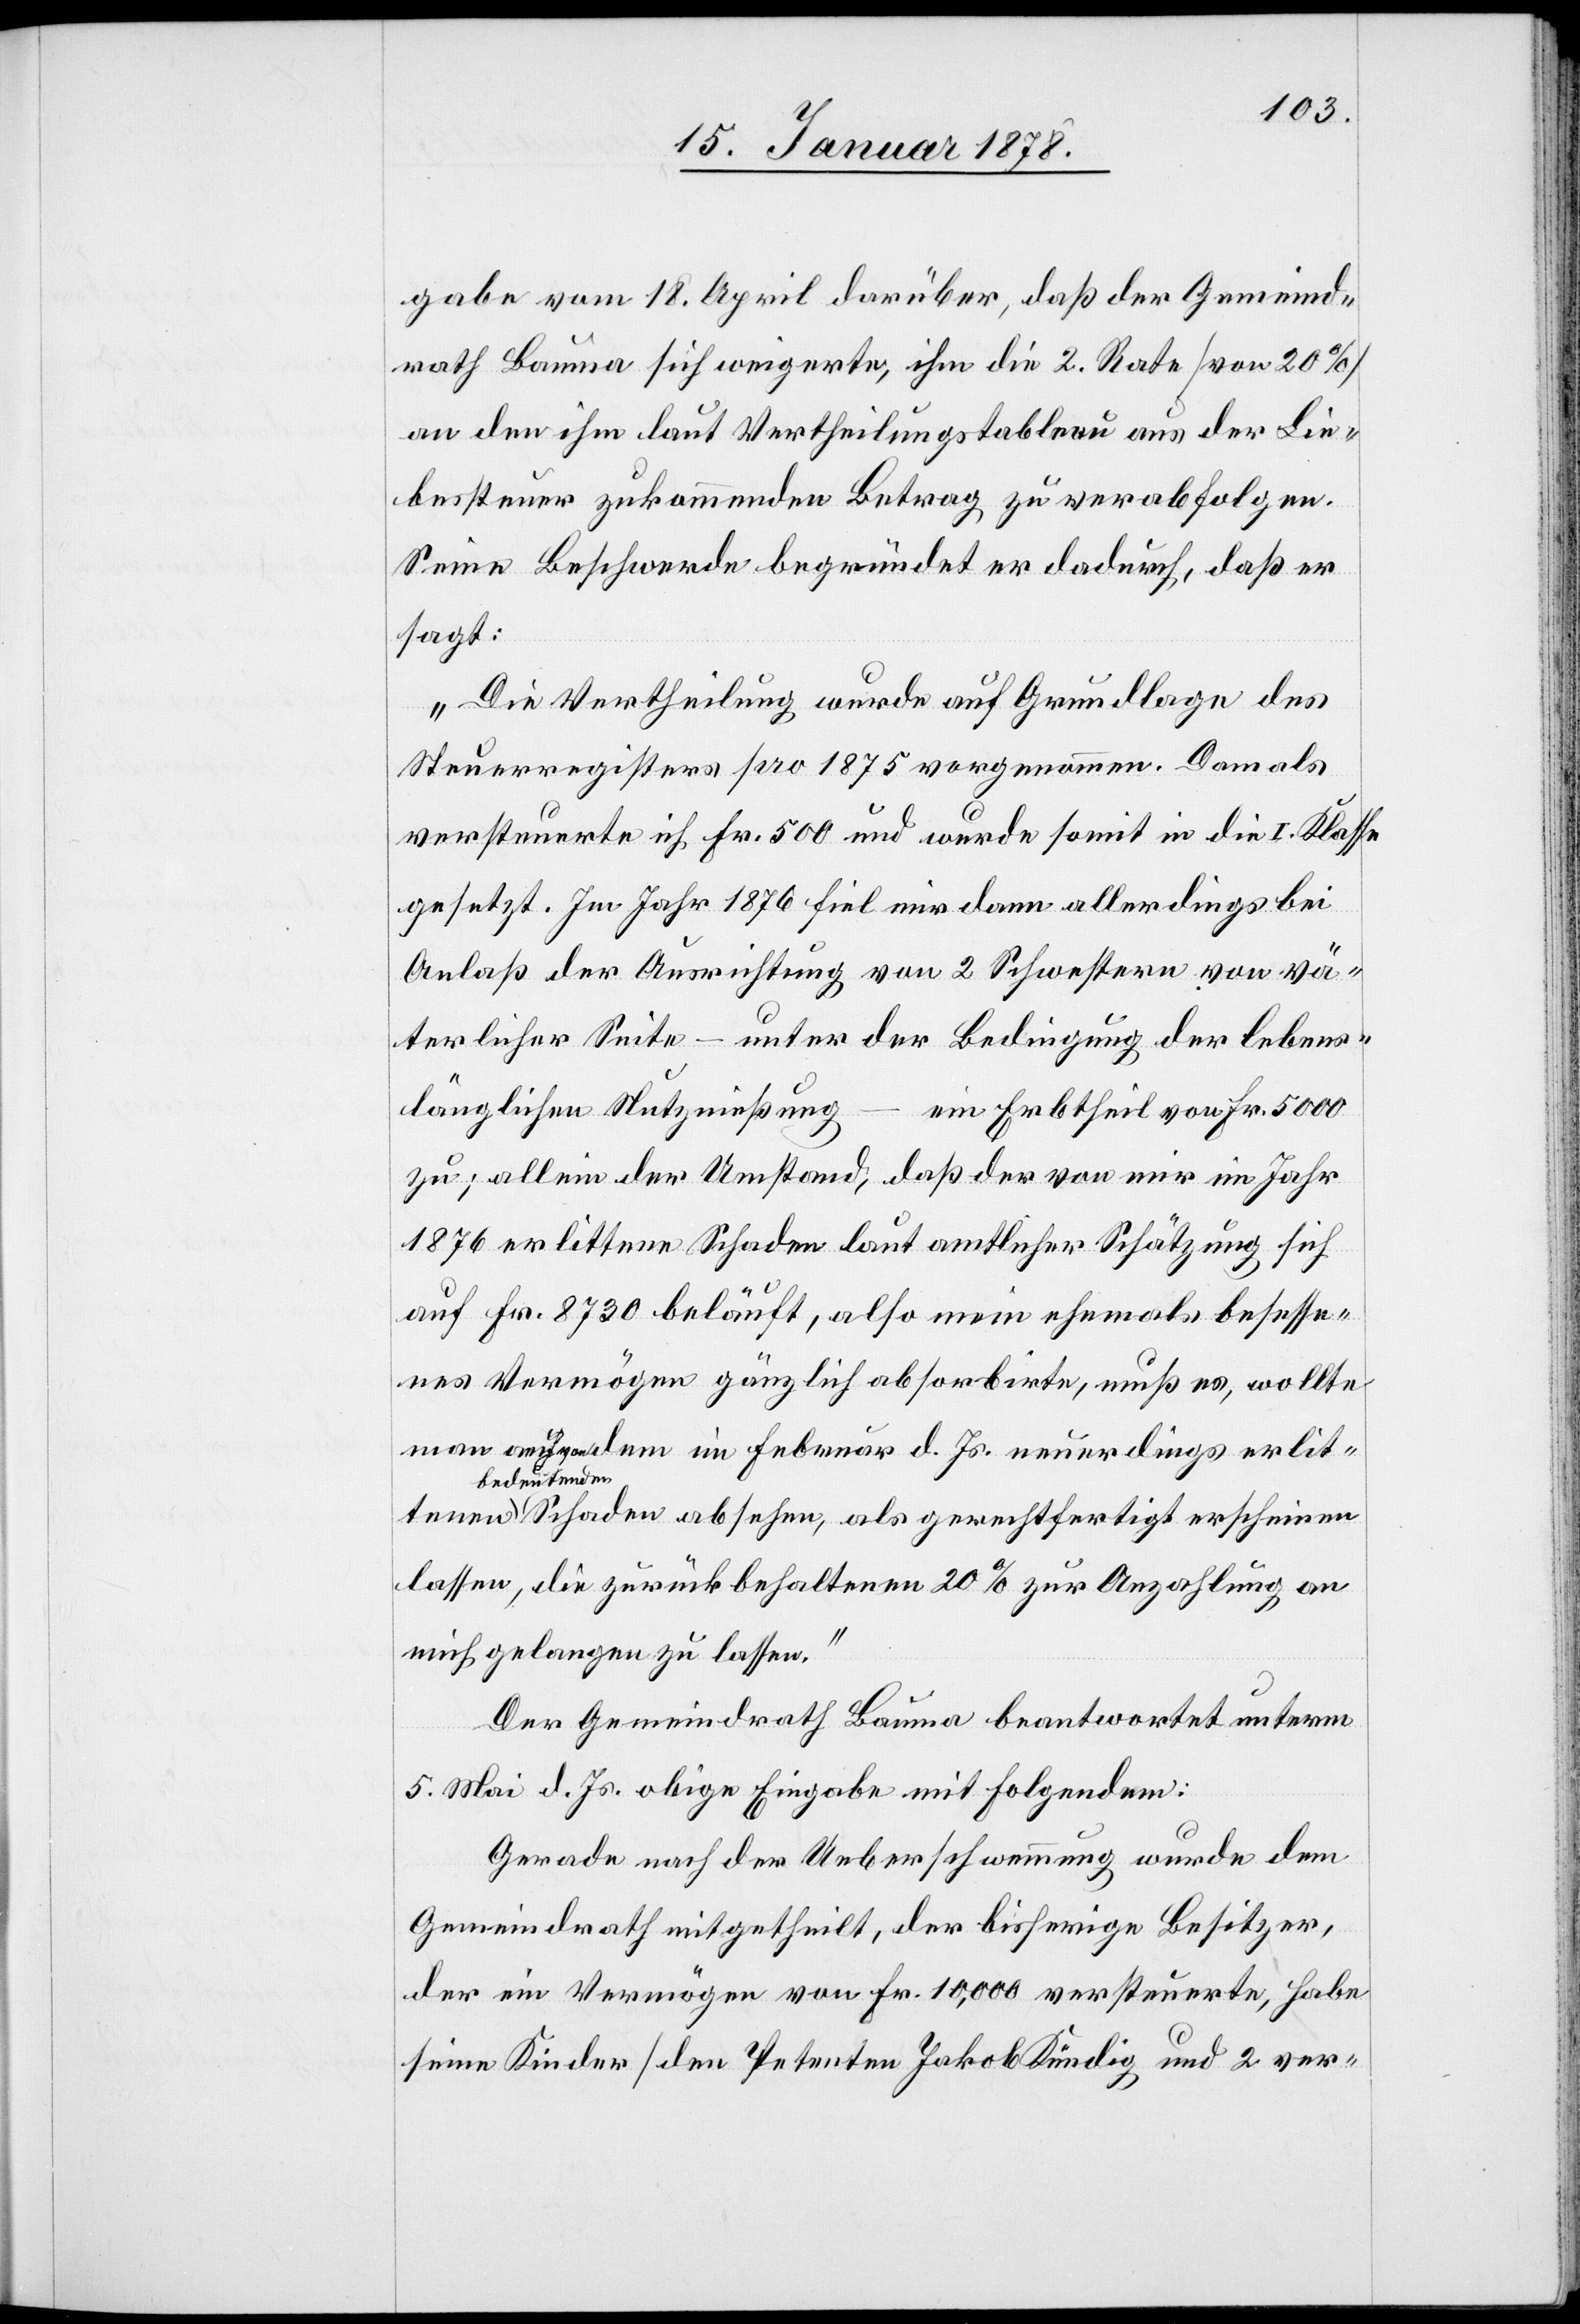
gabe vom 18. April darüber, daß der Gemeind¬
rath Bauma sich weigerte, ihm die 2. Rate (von 20%)
an den ihm laut Vertheilungstableau aus der Lie¬
bessteuer zukommenden Betrag zu verabfolgen.
Seine Beschwerde begründet er dadurch, daß er
sagt:
„Die Vertheilung wurde auf Grundlage des
Steuerregisters pro 1875 vorgenommen. Damals
versteuerte ich Fr. 500 und wurde somit in die I. Klasse
gesetzt. Im Jahr 1875 fiel mir dann allerdings bei
Anlaß der Ausrichtung von 2 Schwestern von vä¬
terlicher Seite – unter der Bedingung der lebens¬
länglichen Nutznießung
ein Erbtheil von Fr. 5000
zu; allein der Umstand, daß der von mir im Jahr
1876 erlittene Schaden laut amtlicher Schätzung sich
auf Fr. 8730 beläuft, also mein ehemals besesse¬
nes Vermögen gänzlich absorbirte, muß es, wollte
man dem im Februar d. Js. neuerdings erlit¬
tenen a-bedeu¬
tenden-a Schaden absehen, als gerechtfertigt erscheinen
lassen, die zurückbehaltenen 20% zur Anzahlung an
mich gelangen zu lassen.“
Der Gemeindrath Bauma beantwortet unterm
5. Mai d. Js. obige Eingabe mit folgendem:
Gerade nach der Ueberschwemmung wurde dem
Gemeindrath mitgetheilt, der bisherige Besitzer,
der ein Vermögen von Fr. 10,000 versteuerte, habe
seine Kinder (den Petenten Jakob Kündig und 2 ver-